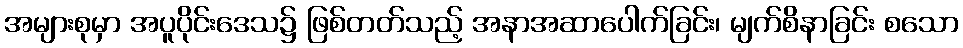
အများစုမှာ အပူပိုင်းဒေသ၌ ဖြစ်တတ်သည့် အနာအဆာပေါက်ခြင်း၊ မျက်စိနာခြင်း စသော